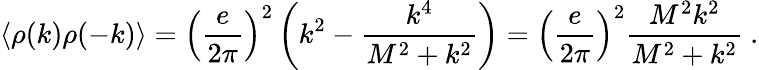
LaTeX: \langle\rho(k)\rho(-k)\rangle=\left({\frac{e}{2\pi}}\right)^{2}\left(k^{2}-{\frac{k^{4}}{M^{2}+k^{2}}}\right)=\left({\frac{e}{2\pi}}\right)^{2}{\frac{M^{2}k^{2}}{M^{2}+k^{2}}}\ .